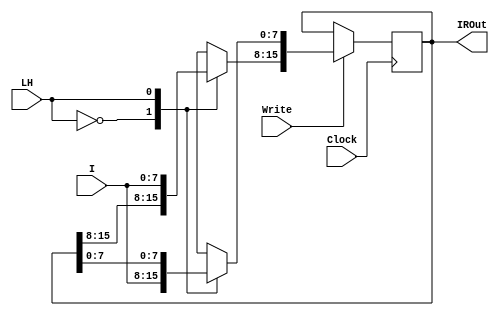
`timescale 1ns / 1ps
//////////////////////////////////////////////////////////////////////////////////
// Company: ITU Computer Engineering Department
// Engineers: Mustafa Bozdoan, Enes Saak
// Project Name: BLG222E Project 1 Simulation
//////////////////////////////////////////////////////////////////////////////////
module InstructionRegister(LH, Write, I, IROut, Clock);
    input wire LH;
    input wire Write, Clock;
    input wire [7:0] I;
    output reg [15:0] IROut;
    always @(posedge Clock) begin
        if (Write == 1)
            case(LH)
                1'b0: begin
                        IROut[7:0] = I;
                    end
                1'b1: begin
                        IROut[15:8] = I;
                    end
            endcase
    end    
endmodule